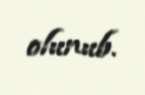
olunub.